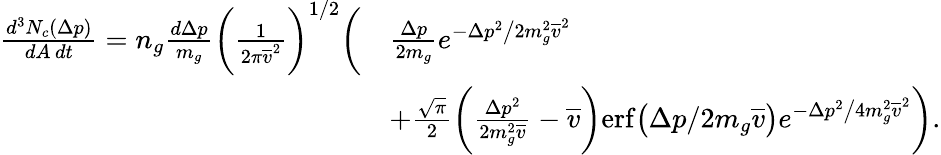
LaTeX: \begin{array}{rl}{\frac{d^{3}N_{c}(\Delta p)}{dA\, dt}=n_{g}\frac{d\Delta p}{m_{g}}\bigg(\frac{1}{2\pi\overline{{v}}^{2}}\bigg)^{1/2}\bigg(}&{\frac{\Delta p}{2m_{g}}e^{-\Delta p^{2}\big/2m_{g}^{2}\overline{{v}}^{2}}}\\ &{+\frac{\sqrt{\pi}}{2}\bigg(\frac{\Delta p^{2}}{2m_{g}^{2}\overline{{v}}}-\overline{{v}}\bigg)\mathrm{erf}\big(\Delta p/2m_{g}\overline{{v}}\big)e^{-\Delta p^{2}\big/4m_{g}^{2}\overline{{v}}^{2}}\bigg).}\end{array}